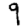
Digit: 9